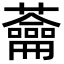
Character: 蘥